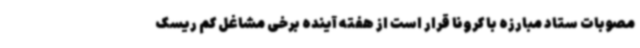
مصوبات ستاد مبارزه با کرونا قرار است از هفته آینده برخی مشاغل کم ریسک